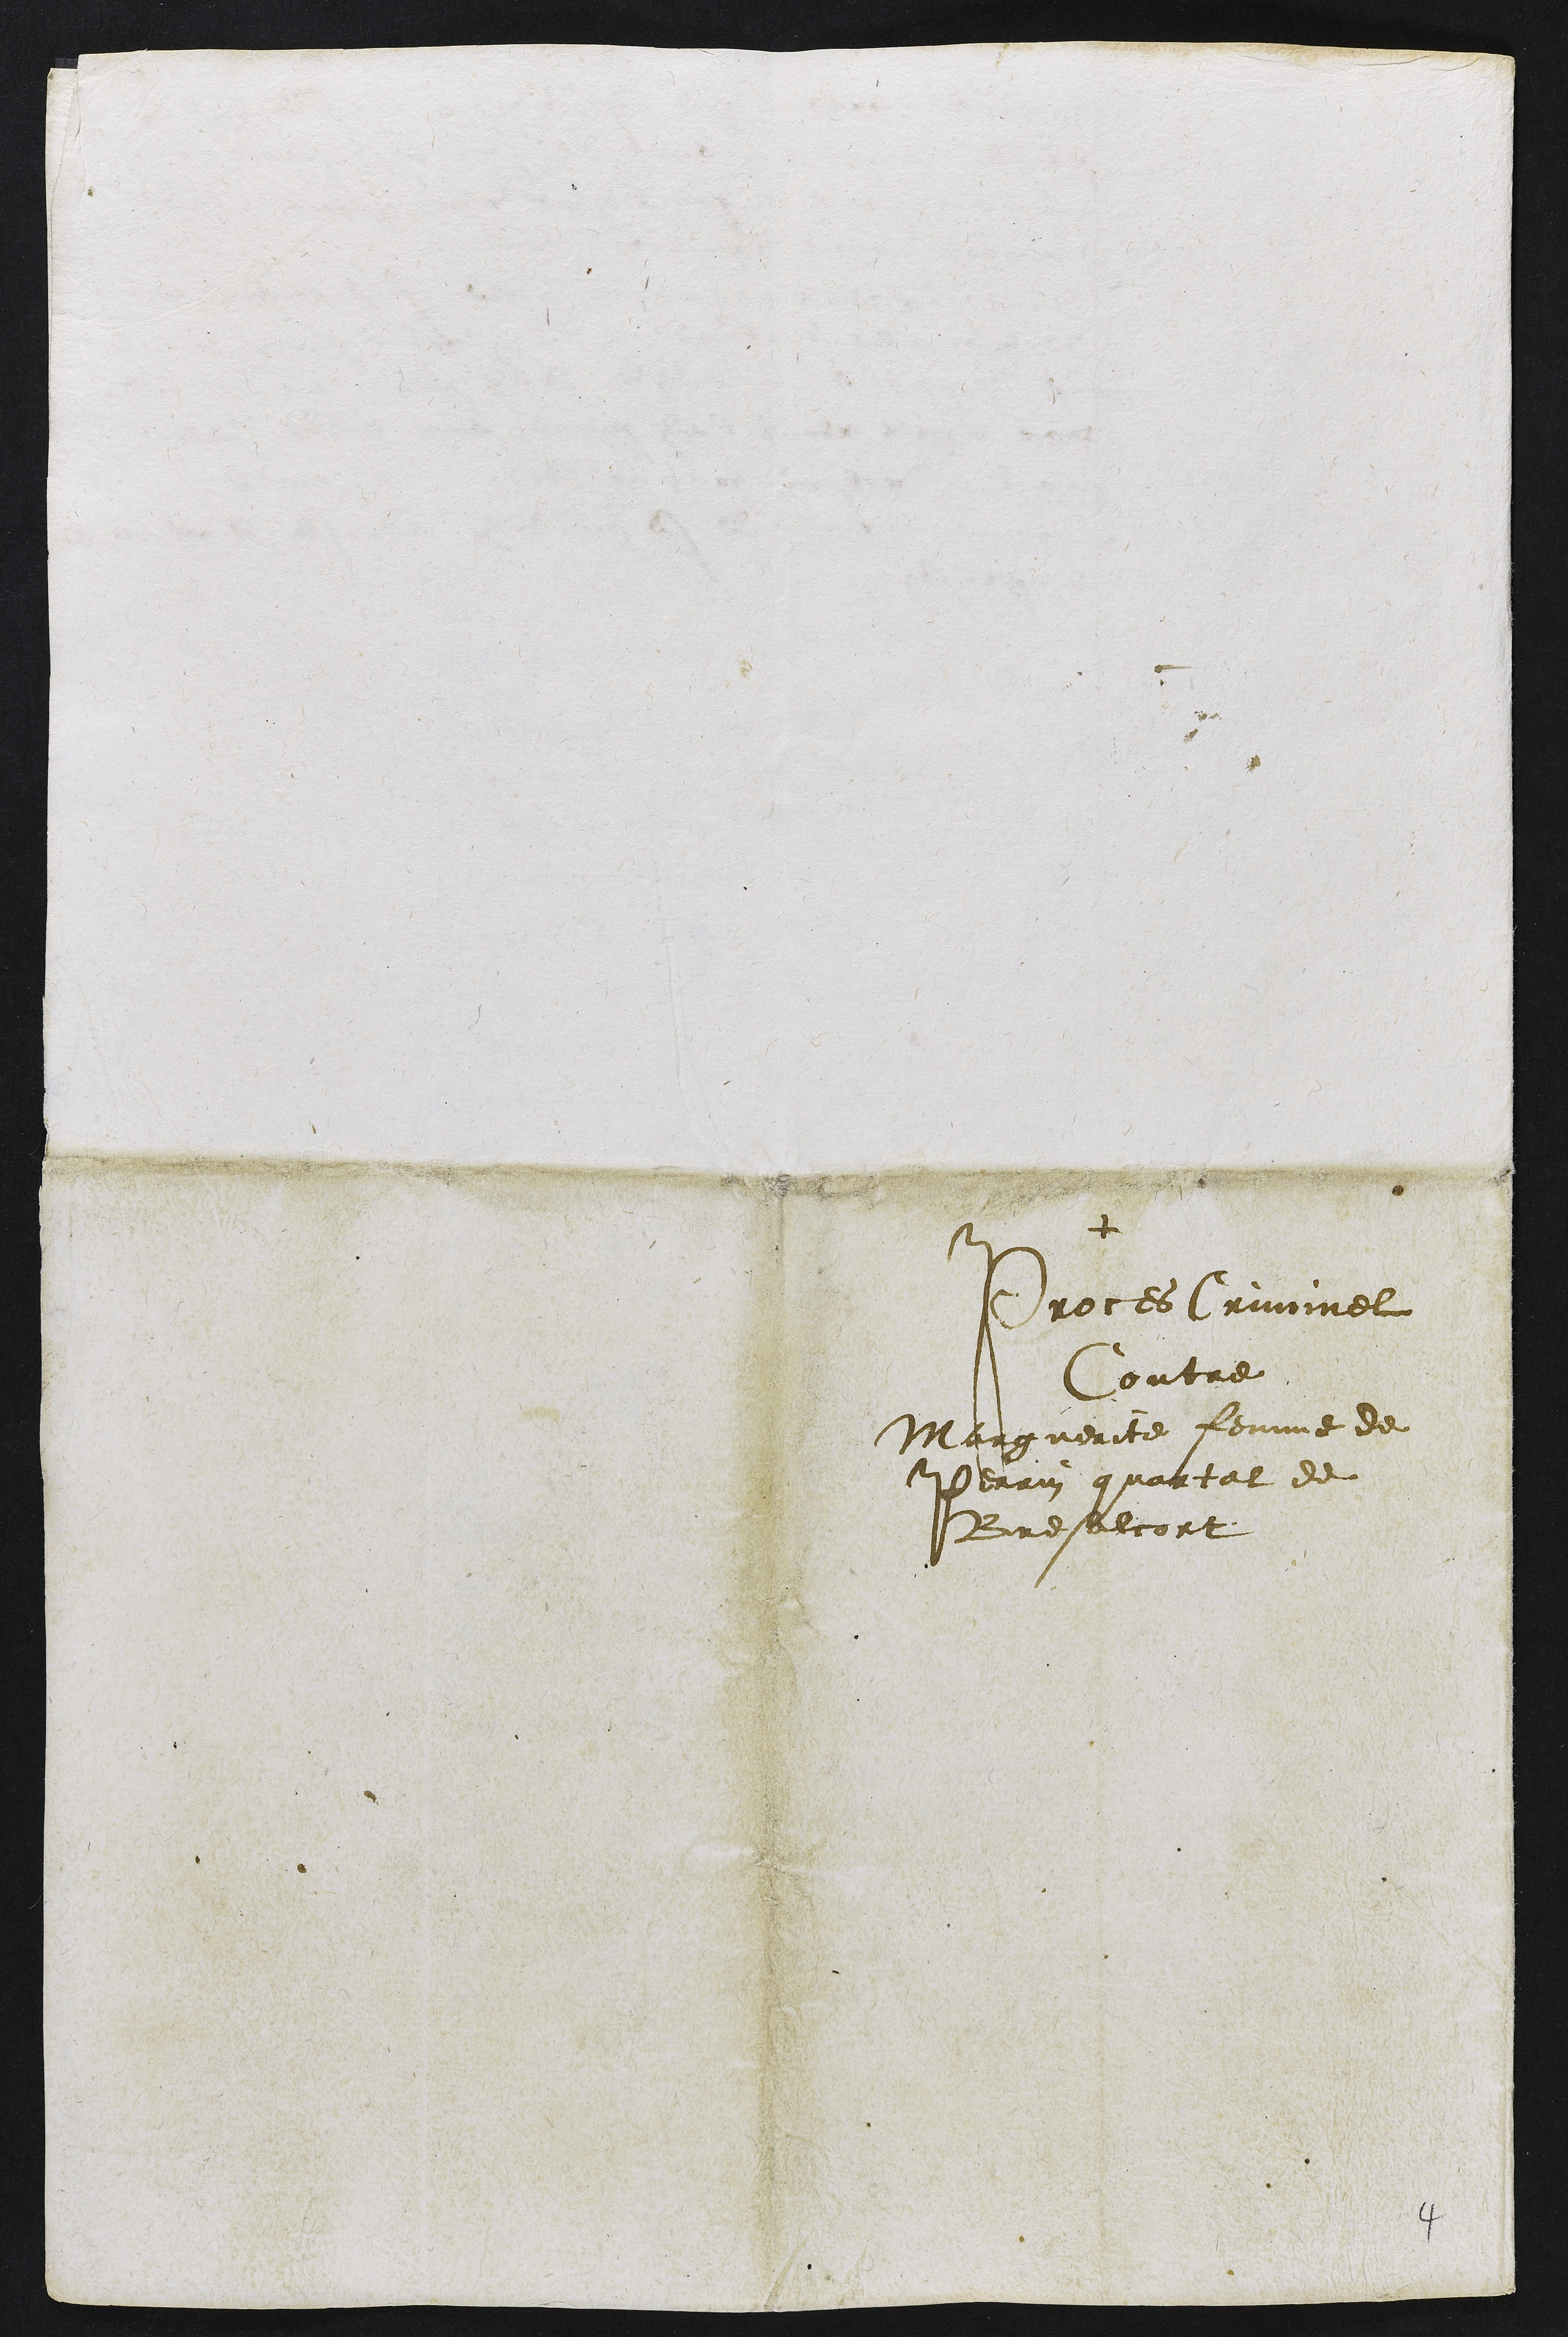
+
Proces Criminel
Contre
Marguerite femme de
Perrin quattat de
Bresalcort